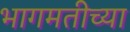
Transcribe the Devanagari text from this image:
भागमतीच्या